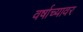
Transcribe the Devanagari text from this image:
वर्षाच्यावर